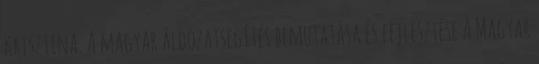
Krisztina. A magyar áldozatsegítés bemutatása és fejlesztése A Magyar